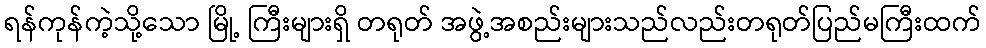
ရန်ကုန်ကဲ့သို့သော မြို့ ကြီးများရှိ တရုတ် အဖွဲ့အစည်းများသည်လည်းတရုတ်ပြည်မကြီးထက်